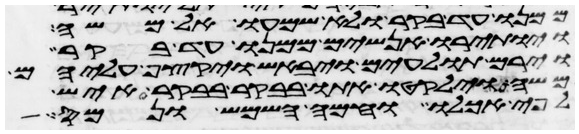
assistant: ממנו עד בקר ולא שמעו אל משה
ויותירו אנשים ממנו עד בקר
וירם תולעים ויבאש ויקצף עליהם
משה וילקטו אתו בבקר בבקר איש
לפי אכלו וחמה השמש ונמס